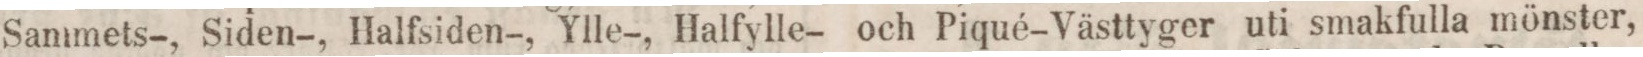
Sammets-, Siden-, Halfsiden-, Ylle-, Halfylle- och Piqué-Västtyger uti smakfulla mönster,